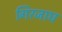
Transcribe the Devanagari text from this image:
गिरजाघ